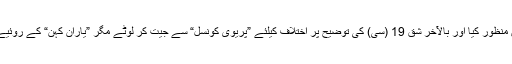
ہم اسے ”قراردادِ لاہور“ کہتے رہے، کینٹ پلان منظور کیا اور بالآخر شق 19 (سی) کی توضیح پر اختلاف کیلئے ”پریوی کونسل“ سے جیت کر لوٹے مگر ”یارانِ کہن“ کے روئیے میں کوئی تبدیلی نہ پا کر ہمیں اعلان کرنا پڑا۔